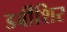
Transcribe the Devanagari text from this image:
डर्बीशिर